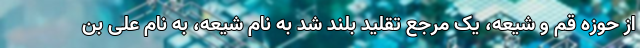
از حوزه قم و شیعه، یک مرجع تقلید بلند شد به نام شیعه، به نام علی بن